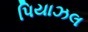
પિયાઝલ